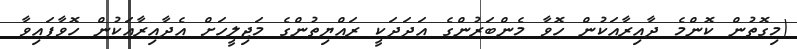
(މިގޮތުން ކޮންމެ ދާއިރާއަކުން ހޮވާ މެންބަރުންގެ އަދަދަކީ ރައްޔިތުންގެ މަޖިލީހަށް އެދާއިރާއަކުން ހޮވާފައިވާ